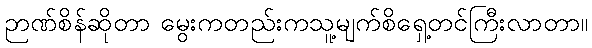
ဉာဏ်စိန်ဆိုတာ မွေးကတည်းကသူ့မျက်စိရှေ့တင်ကြီးလာတာ။